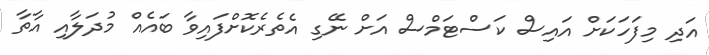
އަދި މިފަހަކަށް އައިސް ކަސްޓަމްސް އަށް ނޭގި އެތެރެކޮށްފައިވާ ބައެއް މުދަލާއި އާތާ